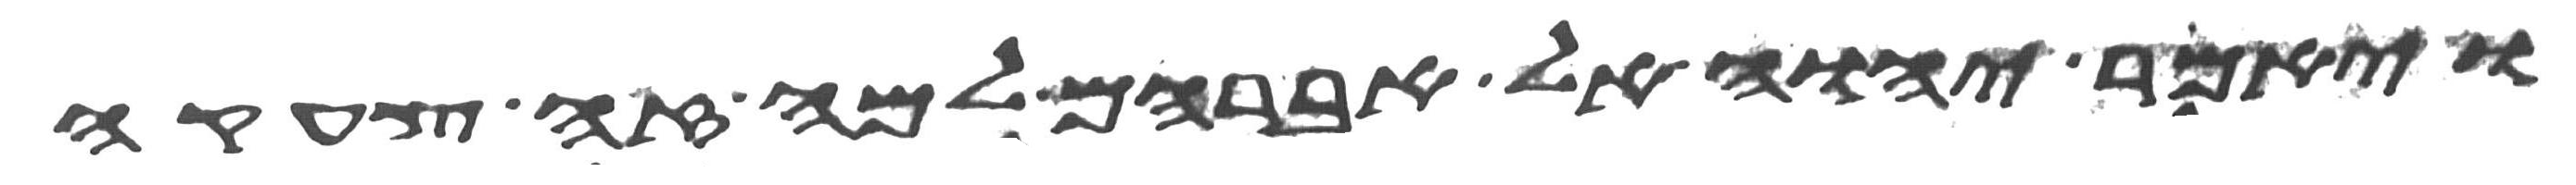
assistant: ויאמר יהוה אל אברהם למה זה צחקה